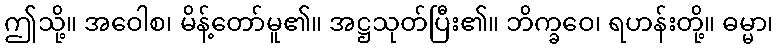
ဤသို့။ အဝေါစ၊ မိန့်တော်မူ၏။ အဋ္ဌသုတ်ပြီး၏။ ဘိက္ခဝေ၊ ရဟန်းတို့။ ဓမ္မာ၊